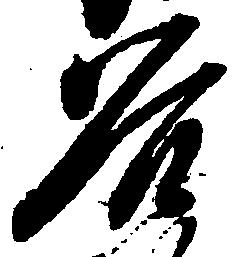
谷